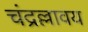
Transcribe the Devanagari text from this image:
चंद्रल्लावय